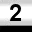
Digit: 2